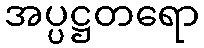
အပ္ပဋ္ဌတရော